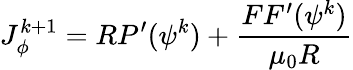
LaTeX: J_{\phi}^{k+1}=RP^{\prime}(\psi^{k})+\frac{FF^{\prime}(\psi^{k})}{\mu_{0}R}